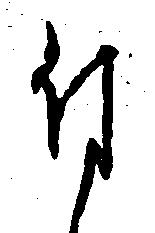
付